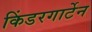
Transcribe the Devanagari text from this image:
किंडरगार्टेन